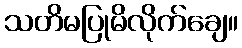
သတိမပြုမိလိုက်ချေ။